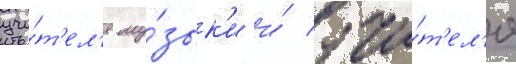
учи́т'ел'я му́зык'и и́ учи́т'ел'я